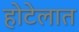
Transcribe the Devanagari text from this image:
होटेलात